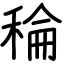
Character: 稐